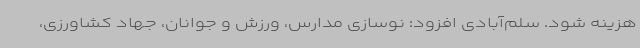
هزینه شود. سلم‌آبادی افزود: نوسازی مدارس، ورزش و جوانان، جهاد کشاورزی،